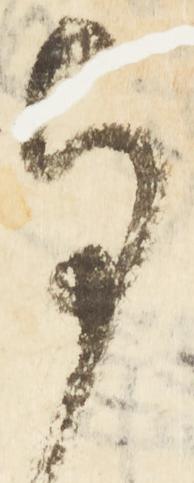
与